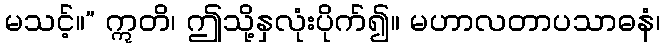
မသင့်။” ဣတိ၊ ဤသို့နှလုံးပိုက်၍။ မဟာလတာပသာဓနံ၊